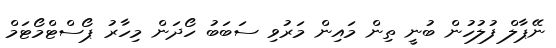
ނޭޕާލް ފުލުހުން ބުނީ ތިން މައިން މަރުވި ސަބަބު ހޯދަން މިހާރު ޕޯސްޓްމޯޓަމް